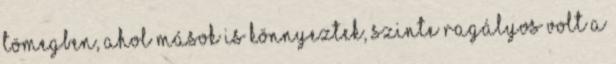
tömegben, ahol mások is könnyeztek, szinte ragályos volt a